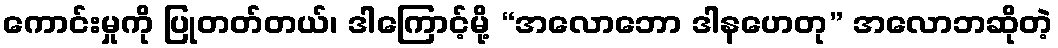
ကောင်းမှုကို ပြုတတ်တယ်၊ ဒါကြောင့်မို့ “အလောဘော ဒါနဟေတု” အလောဘဆိုတဲ့